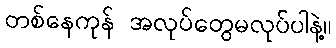
တစ်နေကုန် အလုပ်တွေမလုပ်ပါနဲ့။